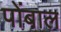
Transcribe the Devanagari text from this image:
पोंबाल